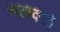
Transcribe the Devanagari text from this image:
सलवटी